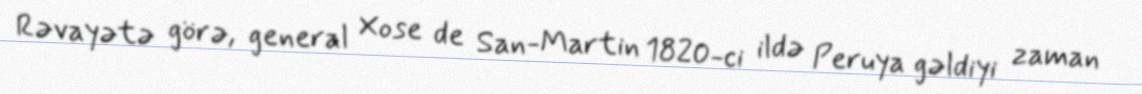
Rəvayətə görə, general Xose de San-Martin 1820-ci ildə Peruya gəldiyi zaman